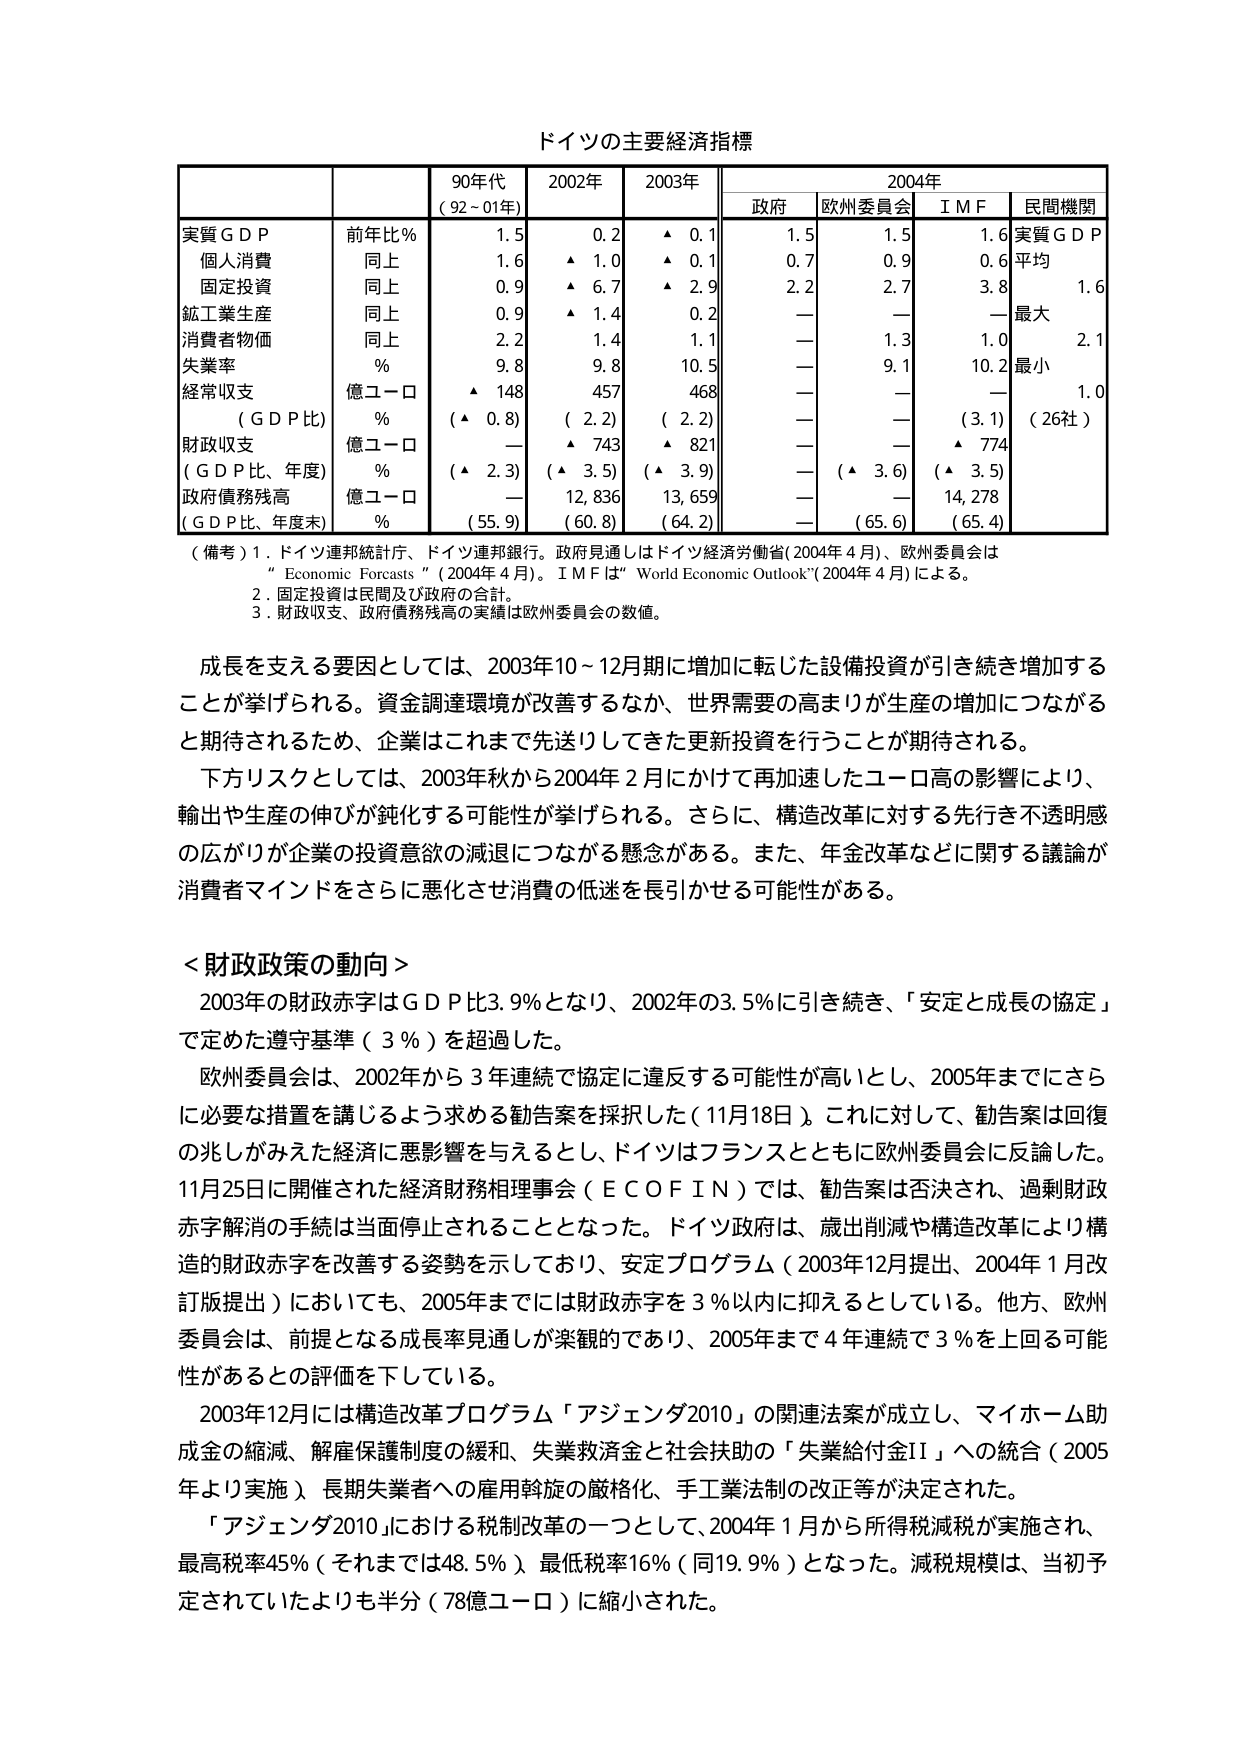
ドイツの主要経済指標

| | | 90年代 (92～01年) | 2002年 | 2003年 | | 2004年 | | | | |
|---|---|---|---|---|---|---|---|---|---|---|
| | | | | | | 政府 | 欧州委員会 | I M F | 民間機関 |
| 実質ＧＤＰ | 前年比％ | 1.5 | 0.2 | ▲ 0.1 | | 1.5 | 1.5 | 1.6 | 実質ＧＤＰ |
| 個人消費 | 同上 | 1.6 | ▲ 1.0 | ▲ 0.1 | | 0.7 | 0.9 | 0.6 | 平均 |
| 固定投資 | 同上 | 0.9 | ▲ 1.7 | ▲ 2.9 | | 2.2 | 2.7 | 3.8 | 1.6 |
| 鉱工業生産 | 同上 | 0.9 | ▲ 1.4 | 0.2 | | — | — | — | 最大 |
| 消費者物価 | 同上 | 2.2 | 1.4 | 1.1 | | — | 1.3 | 1.0 | 2.1 |
| 失業率 | ％ | 9.8 | 9.8 | 10.5 | | — | 9.1 | 10.2 | 最小 |
| 経常収支 | 億ユーロ | ▲ 148 | 457 | 468 | | — | — | — | 1.0 |
| （ＧＤＰ比） | ％ | （▲ 0.8） | （ 2.2） | （ 2.2） | | — | — | （3.1） | （26社） |
| 財政収支 | 億ユーロ | — | ▲ 743 | ▲ 821 | | — | — | ▲ 774 | |
| （ＧＤＰ比、年度） | ％ | （▲ 2.3） | （▲ 3.5） | （▲ 3.9） | | — | （▲ 3.6） | （▲ 3.5） | |
| 政府債務残高 | 億ユーロ | — | 12,836 | 13,659 | | — | — | 14,278 | |
| （ＧＤＰ比、年度末） | ％ | （55.9） | （60.8） | （64.2） | | — | （65.6） | （65.4） | |

（備考）1．ドイツ連邦統計庁、ドイツ連邦銀行。政府見通しはドイツ経済労働省（2004年4月）、欧州委員会は“Economic Forcasts”（2004年4月）。I M Fは“World Economic Outlook”（2004年4月）による。
2．固定投資は民間及び政府の合計。
3．財政収支、政府債務残高の実績は欧州委員会の数値。

成長を支える要因としては、2003年10～12月期に増加に転じた設備投資が引き続き増加することが挙げられる。資金調達環境が改善するなか、世界需要の高まりが生産の増加につながると期待されるため、企業はこれまで先送りしてきた更新投資を行うことが期待される。
下方リスクとしては、2003年秋から2004年2月にかけて再加速したユーロ高の影響により、輸出や生産の伸びが鈍化する可能性が挙げられる。さらに、構造改革に対する先行き不透明感の広がりが企業の投資意欲の減退につながる懸念がある。また、年金改革などに関する議論が消費者マインドをさらに悪化させ消費の低迷を長引かせる可能性がある。

＜財政政策の動向＞
2003年の財政赤字はＧＤＰ比3.9％となり、2002年の3.5％に引き続き、「安定と成長の協定」で定めた遵守基準（3％）を超過した。
欧州委員会は、2002年から3年連続で協定に違反する可能性が高いとし、2005年までにさらに必要な措置を講じるよう求める勧告案を採択した（11月18日）。これに対して、勧告案は回復の兆しがみえた経済に悪影響を与えるとし、ドイツはフランスとともに欧州委員会に反論した。11月25日に開催された経済財務相理事会（ＥＣＯＦＩＮ）では、勧告案は否決され、過剰財政赤字解消の手続は当面停止されることとなった。ドイツ政府は、歳出削減や構造改革により構造的財政赤字を改善する姿勢を示しており、安定プログラム（2003年12月提出、2004年1月改訂版提出）においても、2005年までには財政赤字を3％以内に抑えるとしている。他方、欧州委員会は、前提となる成長率見通しが楽観的であり、2005年まで4年連続で3％を上回る可能性があるとの評価を下している。
2003年12月には構造改革プログラム「アジェンダ2010」の関連法案が成立し、マイホーム助成金の縮減、解雇保護制度の緩和、失業救済金と社会扶助の「失業給付金II」への統合（2005年より実施）、長期失業者への雇用斡旋の厳格化、手工業法制の改正等が決定された。
「アジェンダ2010」における税制改革の一つとして、2004年1月から所得税減税が実施され、最高税率45％（それまでは48.5％）、最低税率16％（同19.9％）となった。減税規模は、当初予定されていたよりも半分（78億ユーロ）に縮小された。